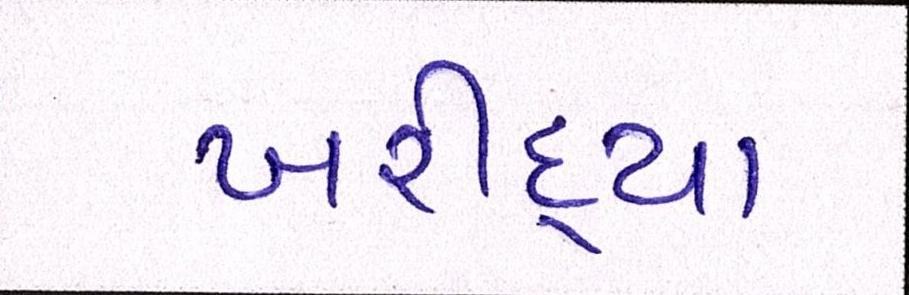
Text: ખરીદ્યા